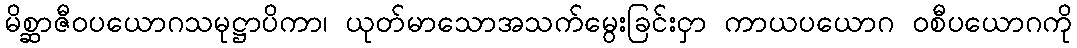
မိစ္ဆာဇီဝပယောဂသမုဋ္ဌာပိကာ၊ ယုတ်မာသောအသက်မွေးခြင်းငှာ ကာယပယောဂ ဝစီပယောဂကို